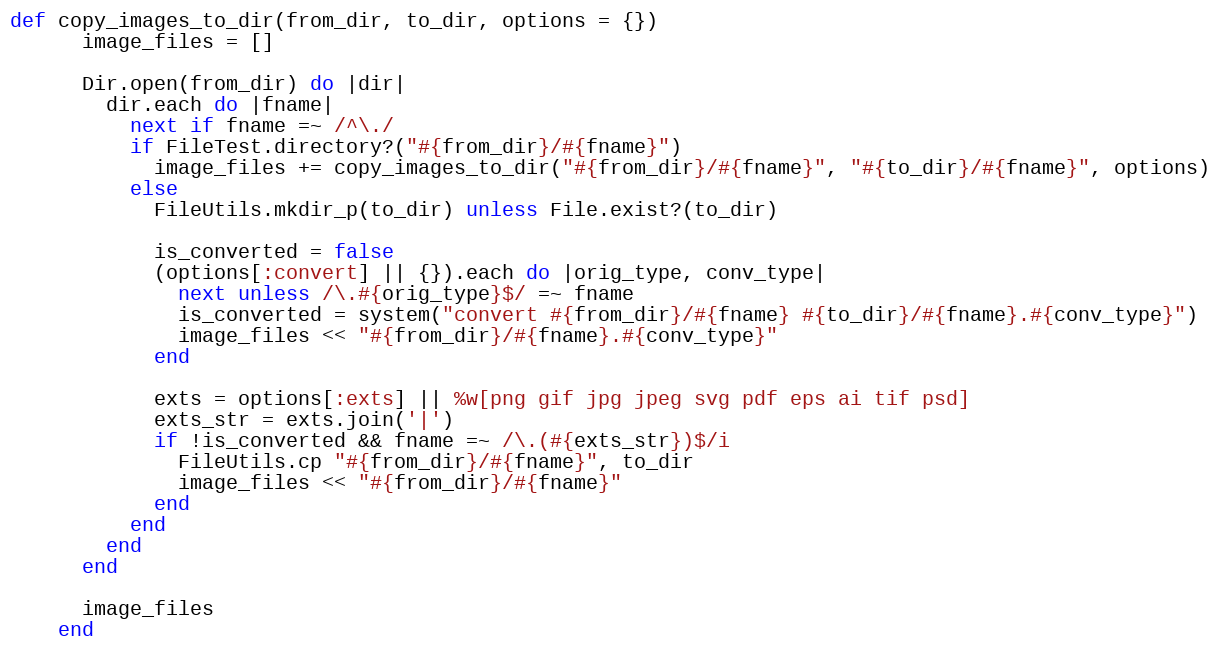
Language: Ruby
def copy_images_to_dir(from_dir, to_dir, options = {})
      image_files = []

      Dir.open(from_dir) do |dir|
        dir.each do |fname|
          next if fname =~ /^\./
          if FileTest.directory?("#{from_dir}/#{fname}")
            image_files += copy_images_to_dir("#{from_dir}/#{fname}", "#{to_dir}/#{fname}", options)
          else
            FileUtils.mkdir_p(to_dir) unless File.exist?(to_dir)

            is_converted = false
            (options[:convert] || {}).each do |orig_type, conv_type|
              next unless /\.#{orig_type}$/ =~ fname
              is_converted = system("convert #{from_dir}/#{fname} #{to_dir}/#{fname}.#{conv_type}")
              image_files << "#{from_dir}/#{fname}.#{conv_type}"
            end

            exts = options[:exts] || %w[png gif jpg jpeg svg pdf eps ai tif psd]
            exts_str = exts.join('|')
            if !is_converted && fname =~ /\.(#{exts_str})$/i
              FileUtils.cp "#{from_dir}/#{fname}", to_dir
              image_files << "#{from_dir}/#{fname}"
            end
          end
        end
      end

      image_files
    end